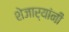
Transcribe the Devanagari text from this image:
शेजार्यांनी